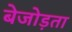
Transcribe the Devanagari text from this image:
बेजोड़ता